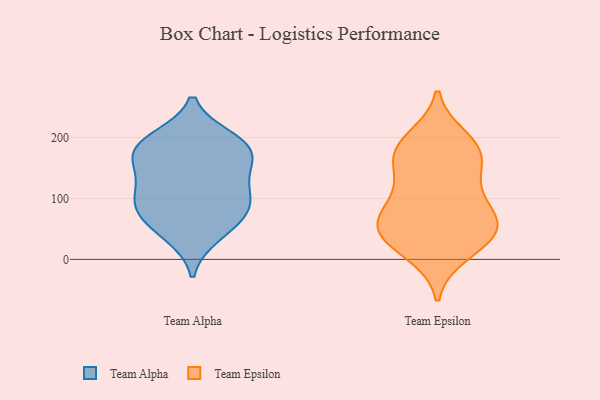
{"axis": {"x": "Churn Rate (%)", "y": "Value"}, "legend": ["Team Alpha", "Team Epsilon"], "data": [{"x": "", "y": 144, "type": "Team Alpha"}, {"x": "", "y": 74, "type": "Team Alpha"}, {"x": "", "y": 52, "type": "Team Alpha"}, {"x": "", "y": 39, "type": "Team Alpha"}, {"x": "", "y": 100, "type": "Team Alpha"}, {"x": "", "y": 198, "type": "Team Alpha"}, {"x": "", "y": 95, "type": "Team Alpha"}, {"x": "", "y": 111, "type": "Team Alpha"}, {"x": "", "y": 147, "type": "Team Alpha"}, {"x": "", "y": 173, "type": "Team Alpha"}, {"x": "", "y": 193, "type": "Team Alpha"}, {"x": "", "y": 83, "type": "Team Alpha"}, {"x": "", "y": 175, "type": "Team Alpha"}, {"x": "", "y": 186, "type": "Team Alpha"}, {"x": "", "y": 178, "type": "Team Epsilon"}, {"x": "", "y": 197, "type": "Team Epsilon"}, {"x": "", "y": 50, "type": "Team Epsilon"}, {"x": "", "y": 177, "type": "Team Epsilon"}, {"x": "", "y": 67, "type": "Team Epsilon"}, {"x": "", "y": 50, "type": "Team Epsilon"}, {"x": "", "y": 25, "type": "Team Epsilon"}, {"x": "", "y": 158, "type": "Team Epsilon"}, {"x": "", "y": 59, "type": "Team Epsilon"}, {"x": "", "y": 77, "type": "Team Epsilon"}, {"x": "", "y": 177, "type": "Team Epsilon"}, {"x": "", "y": 123, "type": "Team Epsilon"}, {"x": "", "y": 109, "type": "Team Epsilon"}, {"x": "", "y": 42, "type": "Team Epsilon"}, {"x": "", "y": 11, "type": "Team Epsilon"}]}